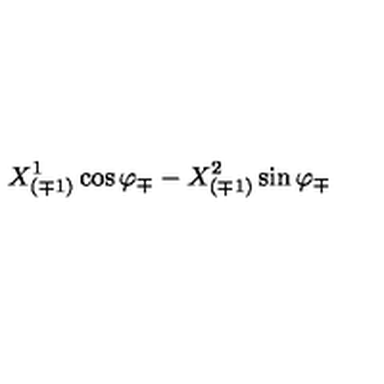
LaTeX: { X _ { ( \mp 1 ) } ^ { 1 } \cos \varphi _ { \mp } - X _ { ( \mp 1 ) } ^ { 2 } \sin \varphi _ { \mp } }